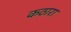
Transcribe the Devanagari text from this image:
कठारा